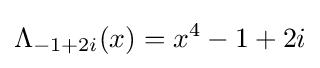
\Lambda _{-1+2i}(x)=x^{4}-1+2i